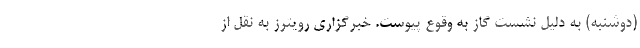
(دوشنبه) به دلیل نشست گاز به وقوع پیوست. خبرگزاری رویترز به نقل از